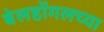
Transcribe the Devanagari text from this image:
बेलहोंगलच्या